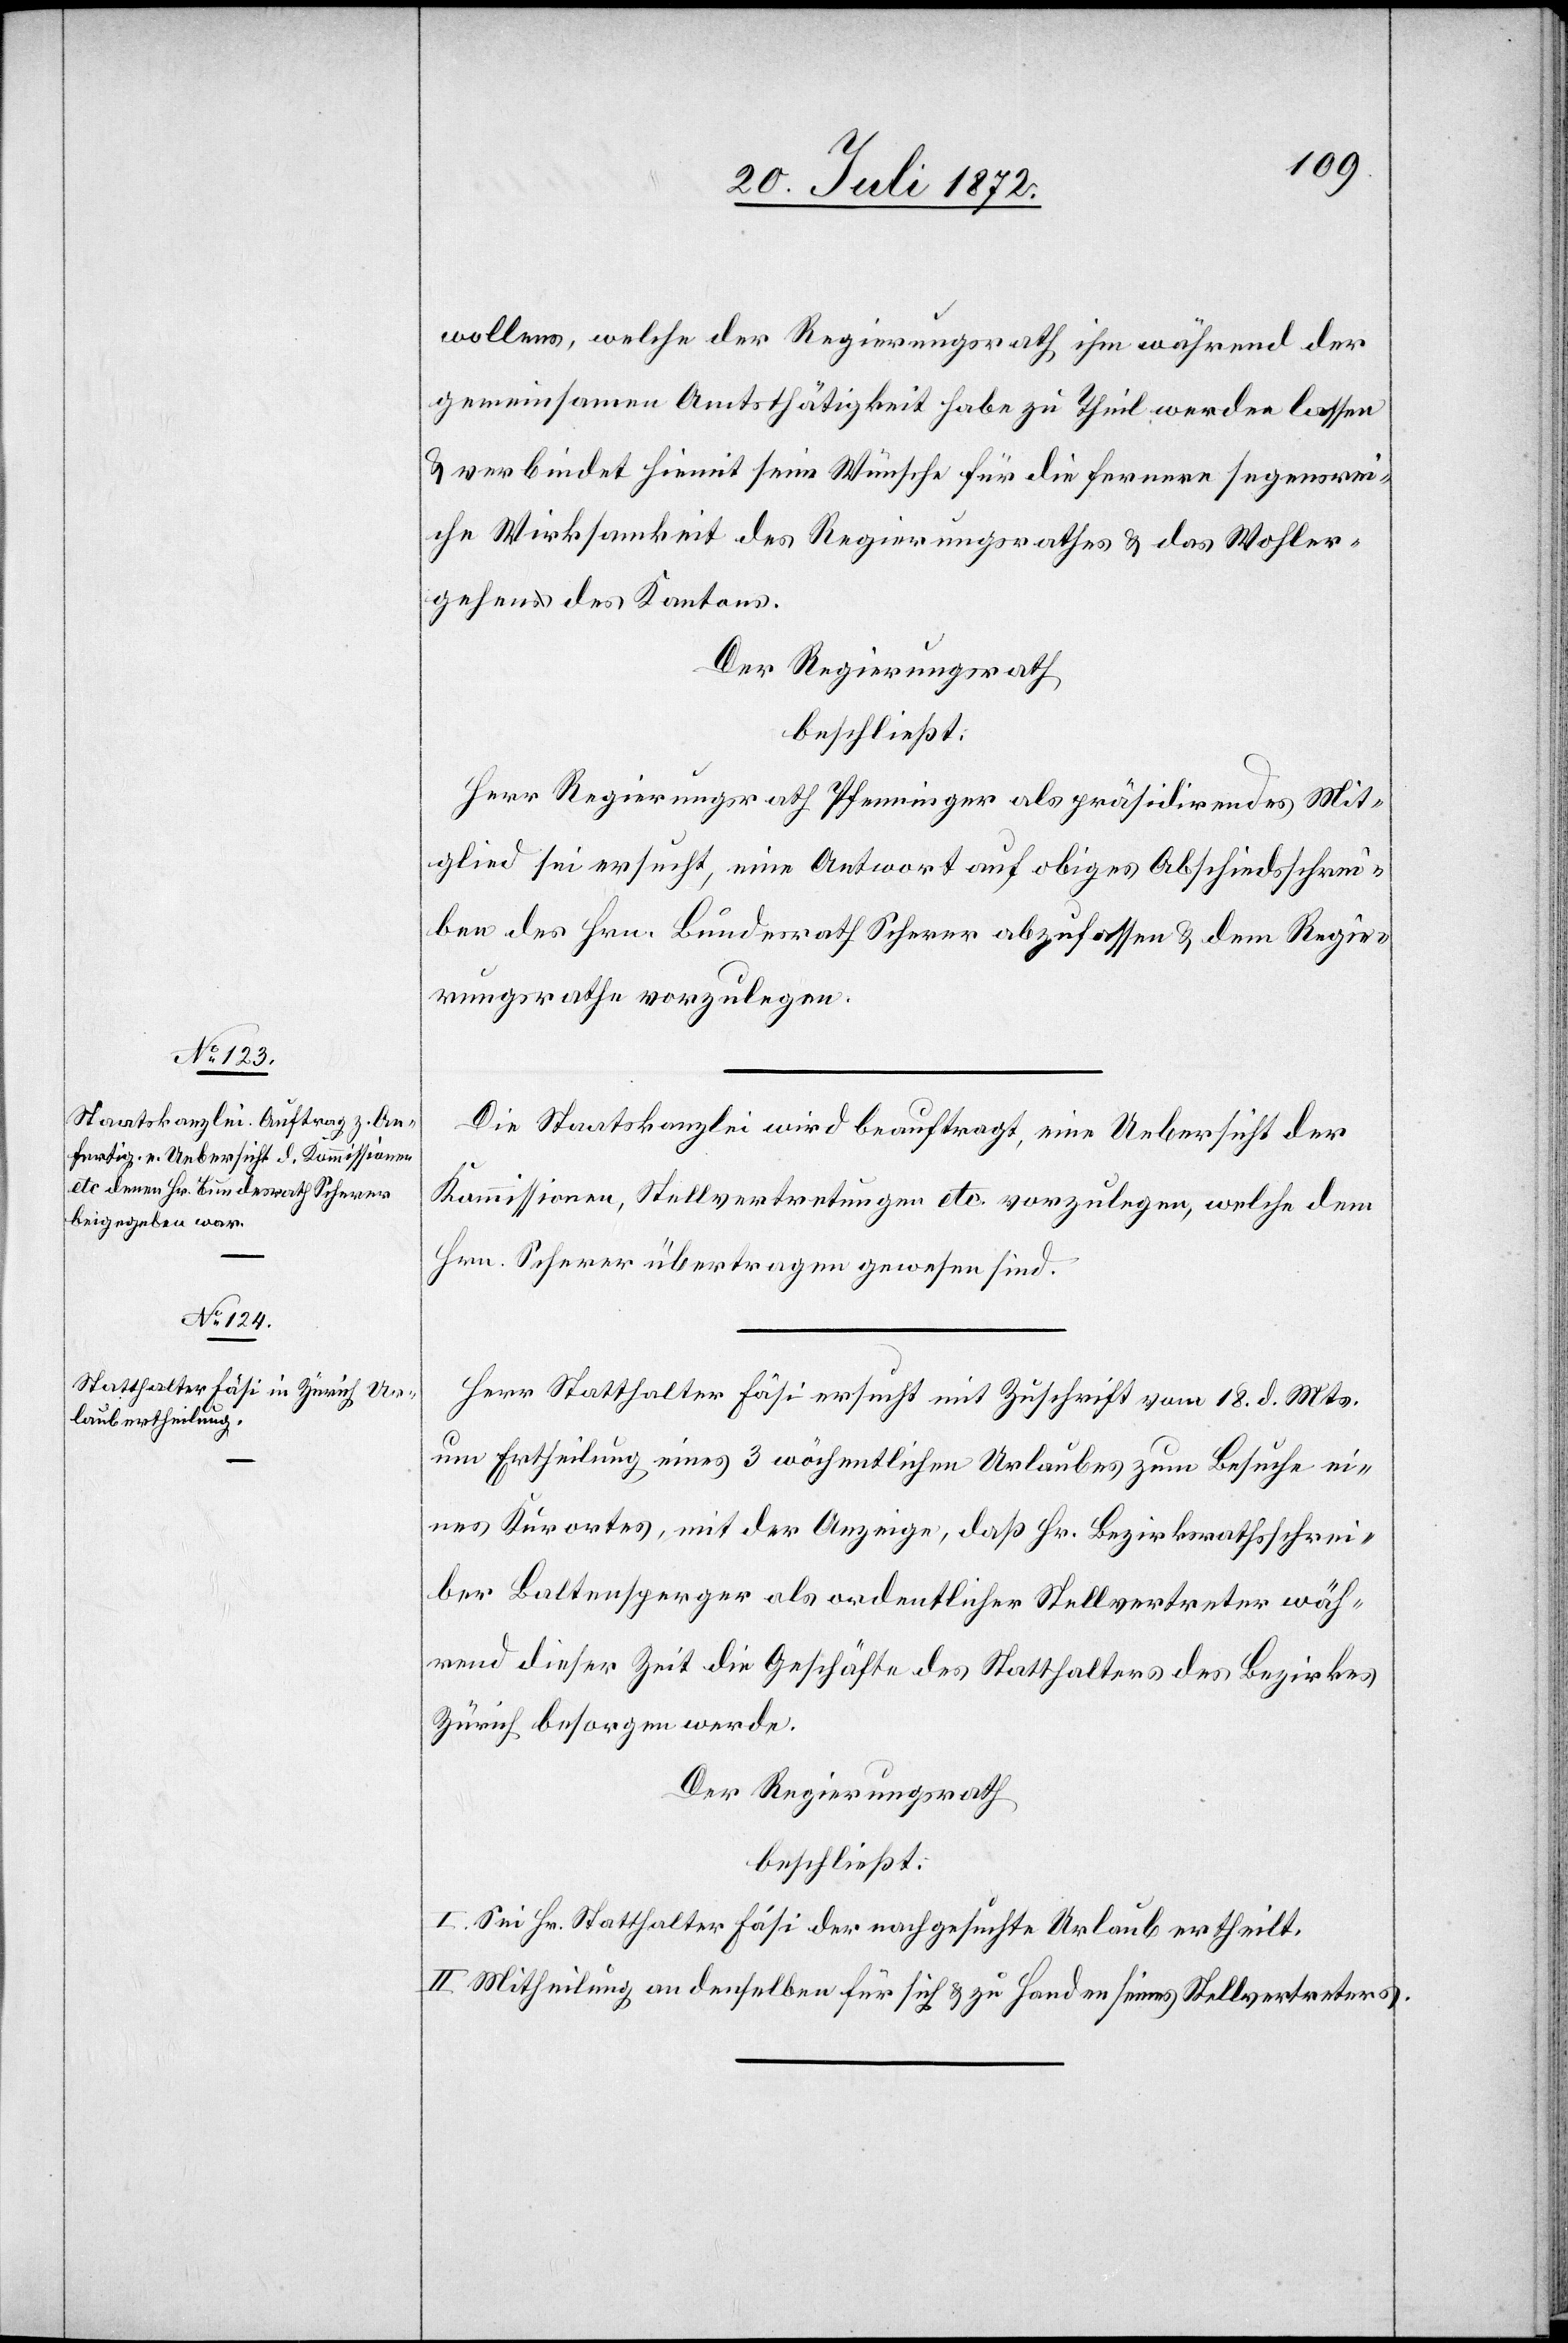
wollens, welche der Regierungsrath ihm während der
gemeinsamen Amtsthätigkeit habe zu Theil werden lassen
u. verbindet hiemit seine Wünsche für die fernere segensrei¬
che Wirksamkeit des Regierungsrathes u. das Wohler¬
gehen des Kantons.
Der Regierungsrath
beschließt:
Herr Regierungsrath Pfenninger als präsidirendes Mit¬
glied sei ersucht, eine Antwort auf obiges Abschiedsschrei¬
ben des Hrn. Bundesrath Scherer abzufassen u. dem Regie¬
rungsrathe vorzulegen.
Die Staatskanzlei wird beauftragt, eine Uebersicht der
Kommissionen, Stellvertretungen etc. vorzulegen, welche dem
Hrn. Scherer übertragen gewesen sind.
Herr Statthalter Fäsi ersucht mit Zuschrift vom 18. d. Mts.
um Ertheilung eines 3 wöchentlichen Urlaubes zum Besuche ei¬
nes Kurortes, mit der Anzeige, daß Hr. Bezirksrathsschrei¬
ber Baltensperger als ordentlicher Stellvertreter wäh¬
rend dieser Zeit die Geschäfte des Statthalters des Bezirkes
Zürich besorgen werde.
Der Regierungsrath
beschließt:
I. Sei Hr. Statthalter Fäsi der nachgesuchte Urlaub ertheilt.
II. Mittheilung an denselben für sich u. zu Handen seines Stellvertreters.